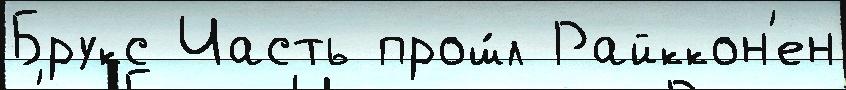
Брукс Часть прош́л Райккон'ен